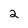
Character: 2